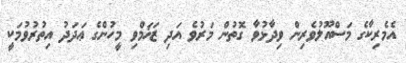
އެމެރިކާގެ މަސްއޫލުވެރިން ވިދާޅުވާ ގޮތުން މަރުވެ އަދި ޒަޚަމްވި މީހުންގެ ޢަދަދު އިތުރުވުމަކީ